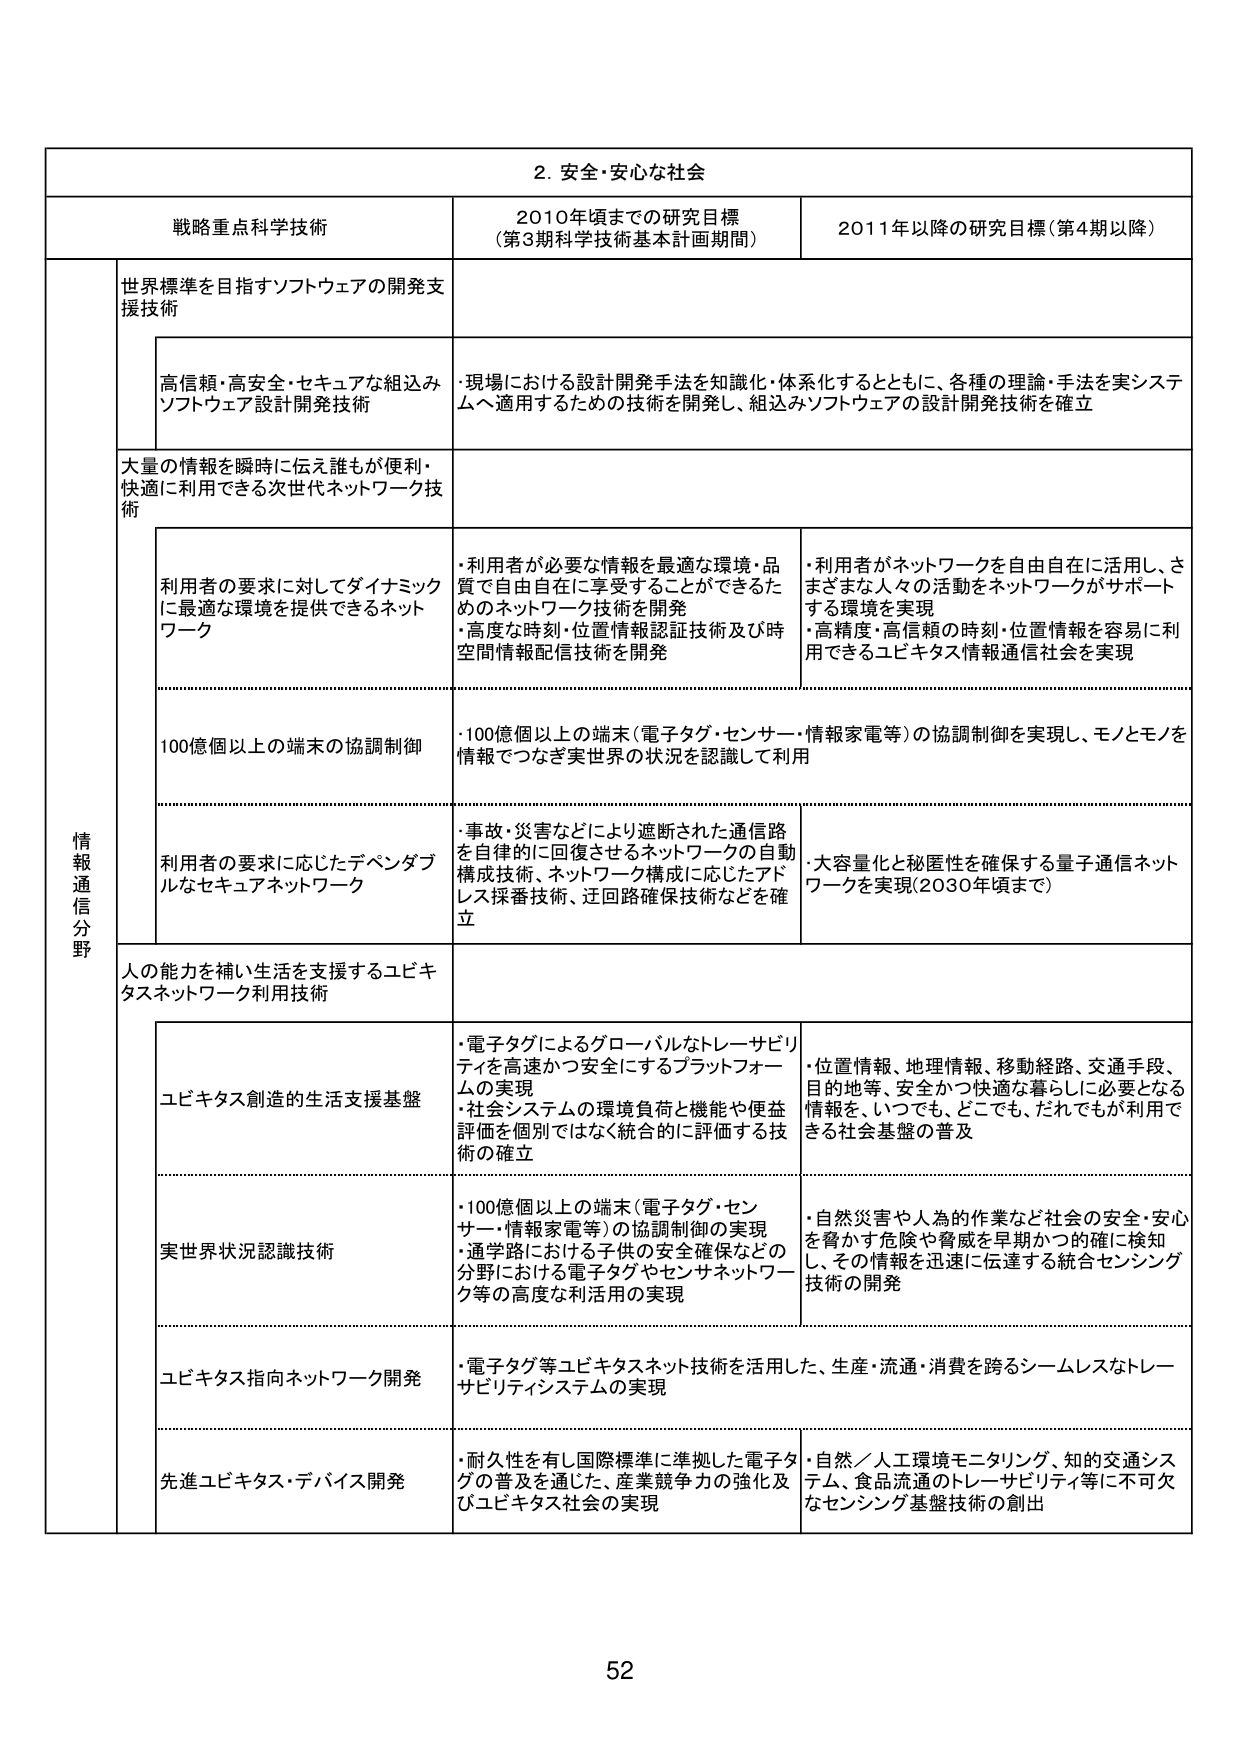
2. 安全・安心な社会

戦略重点科学技術 2010年頃までの研究目標（第3期科学技術基本計画期間） 2011年以降の研究目標（第4期以降）

情報通信分野

世界標準を目指すソフトウェアの開発支援技術

高信頼・高安全・セキュアな組込みソフトウェア設計開発技術

・現場における設計開発手法を知識化・体系化するとともに、各種の理論・手法を実システムへ適用するための技術を開発し、組込みソフトウェアの設計開発技術を確立

大量の情報を瞬時に伝え誰もが便利・快適に利用できる次世代ネットワーク技術

利用者の要求に対してダイナミックに最適な環境を提供できるネットワーク

・利用者が必要な情報を最適な環境・品質で自由自在に享受することができるためのネットワーク技術を開発
・高度な時刻・位置情報認証技術及び時空間情報配信技術を開発

・利用者がネットワークを自由自在に活用し、さまざまな人々の活動をネットワークがサポートする環境を実現
・高精度・高信頼の時刻・位置情報を容易に利用できるユビキタス情報通信社会を実現

100億個以上の端末の協調制御

・100億個以上の端末（電子タグ・センサー・情報家電等）の協調制御を実現し、モノとモノを情報でつなぎ実世界の状況を認識して利用

利用者の要求に応じたデペンダブルなセキュアネットワーク

・事故・災害などにより遮断された通信路を自律的に回復させるネットワークの自動構成技術、ネットワーク構成に応じたアドレス採番技術、迂回路確保技術などを確立

・大容量化と秘匿性を確保する量子通信ネットワークを実現（2030年頃まで）

人の能力を補い生活を支援するユビキタスネットワーク利用技術

ユビキタス創造的生活支援基盤

・電子タグによるグローバルなトレーサビリティを高速かつ安全にするプラットフォームの実現
・社会システムの環境負荷と機能や便益評価を個別ではなく統合的に評価する技術の確立

・位置情報、地理情報、移動経路、交通手段、目的地等、安全かつ快適な暮らしに必要となる情報を、いつでも、どこでも、だれでもが利用できる社会基盤の普及

実世界状況認識技術

・100億個以上の端末（電子タグ・センサー・情報家電等）の協調制御の実現
・通学路における子供の安全確保などの分野における電子タグやセンサネットワーク等の高度な活用の実現

・自然災害や人為的作業など社会の安全・安心を脅かす危険や脅威を早期かつ的確に検知し、その情報を迅速に伝達する統合センシング技術の開発

ユビキタス指向ネットワーク開発

・電子タグ等ユビキタスネット技術を活用した、生産・流通・消費を跨るシームレスなトレーサビリティシステムの実現

先進ユビキタス・デバイス開発

・耐久性を有し国際標準に準拠した電子タグの普及を通じた、産業競争力の強化及びユビキタス社会の実現

・自然／人工環境モニタリング、知的交通システム、食品流通のトレーサビリティ等に不可欠なセンシング基盤技術の創出

52